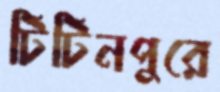
টিটিনপুরে